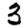
Digit: 3